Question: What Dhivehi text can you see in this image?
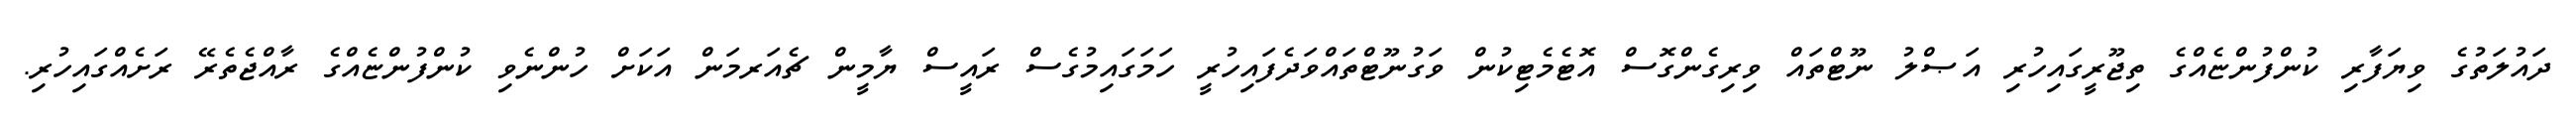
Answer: ދައުލަތުގެ ވިޔަފާރި ކުންފުންޏެއްގެ ތިޖޫރީގައިހުރި އަޞްލު ނޫޓްތައް ވިރިގެންގޮސް އޮޓެމެޓިކުން ވަގުނޫޓްތައްވަދެފައިހުރީ ހަމަގައިމުގެސް ރައީސް ޔާމީން ޗެއަރމަން އަކަށް ހުންނެވި ކުންފުންޏެއްގެ ރާއްޖެތެރޭ ރަށެއްގައިހުރި.